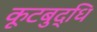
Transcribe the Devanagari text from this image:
कूटबुद्धि